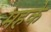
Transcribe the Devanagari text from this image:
महके